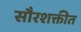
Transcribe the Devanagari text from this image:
सौरशक्तीत